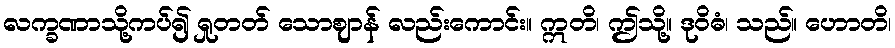
လက္ခဏာသို့ကပ်၍ ရှုတတ် သောဈာန် လည်းကောင်း။ ဣတိ၊ ဤသို့။ ဒုဝိဓံ၊ သည်။ ဟောတိ၊